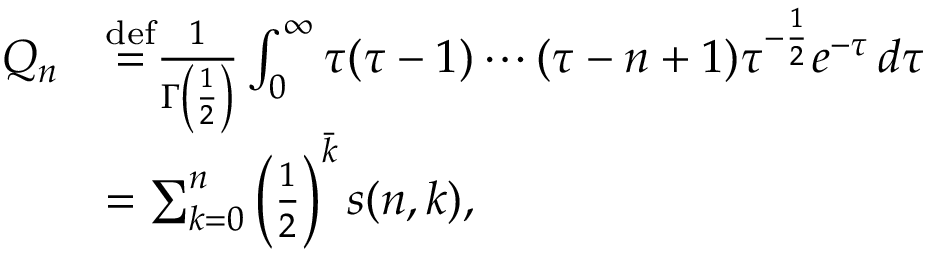
{ \begin{array} { r l } { Q _ { n } } & { { \overset { \mathrm { d e f } } { = } } { \frac { 1 } { \Gamma \left( { \frac { 1 } { 2 } } \right) } } \int _ { 0 } ^ { \infty } \tau ( \tau - 1 ) \cdots ( \tau - n + 1 ) \tau ^ { - { \frac { 1 } { 2 } } } e ^ { - \tau } \, d \tau } \\ & { = \sum _ { k = 0 } ^ { n } \left( { \frac { 1 } { 2 } } \right) ^ { \bar { k } } s ( n , k ) , } \end{array} }